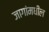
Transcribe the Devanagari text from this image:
जागांमधील